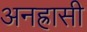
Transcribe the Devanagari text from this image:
अनह्रासी